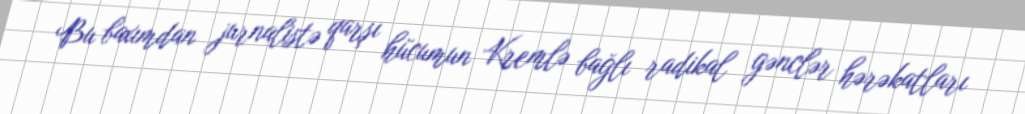
Bu baxımdan jurnalistə qarşı hücumun Kremlə bağlı radikal gənclər hərəkatları